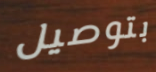
بتوصيل